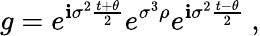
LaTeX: g=e^{\mathbf{i}\sigma^{2}\frac{{t+\theta}}{{2}}}e^{\sigma^{3}\rho}e^{\mathbf{i}\sigma^{2}\frac{{t-\theta}}{{2}}}~,